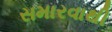
સમારવાથી